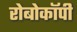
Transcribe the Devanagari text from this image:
रोबोकॉपी